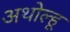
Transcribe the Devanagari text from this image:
अथोल्हू